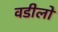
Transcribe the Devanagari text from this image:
वडीलो